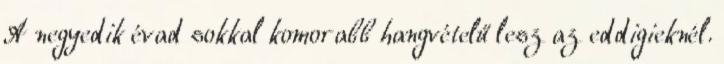
A negyedik évad sokkal komorabb hangvételű lesz az eddigieknél.